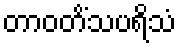
တာဝတိံသပရိသံ